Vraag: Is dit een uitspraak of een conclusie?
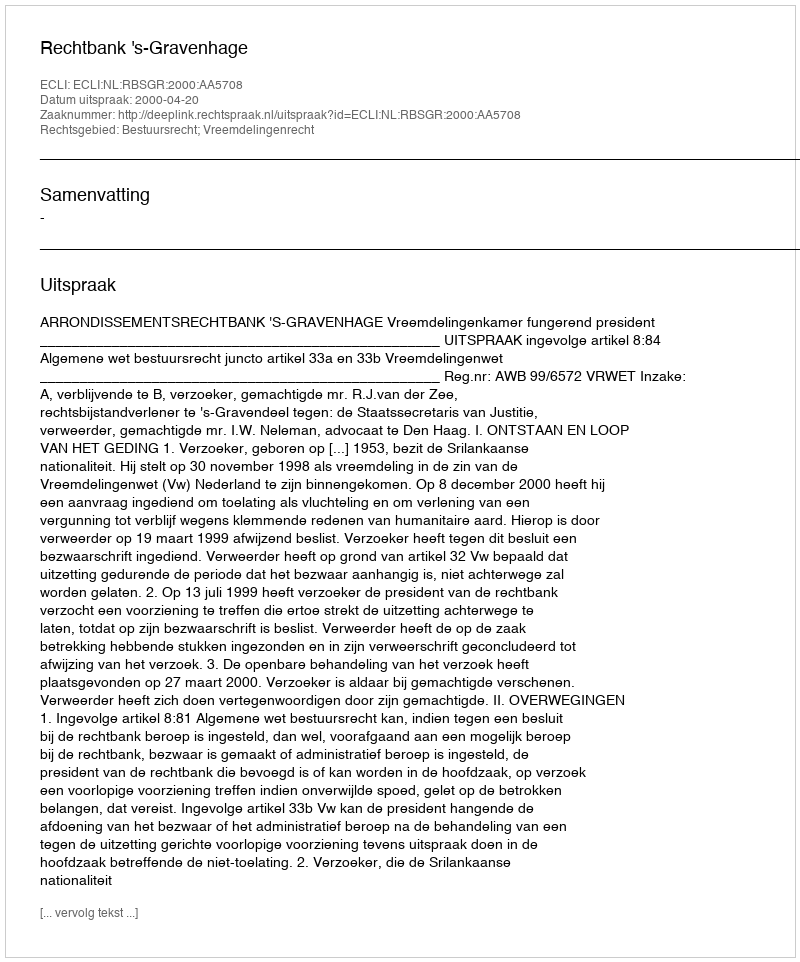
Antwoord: Uitspraak